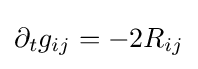
\partial _{t}g_{ij}=-2R_{ij}